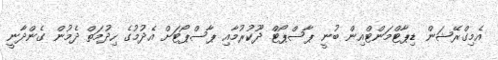
އެމިގްރޭޝަން ޑިޕާޓްމަންޓްއިން ބުނީ ޕާސްޕޯޓް ދޫކުރުމާއި ޕާސްޕޯޓަށް އެދުމުގެ ހިދުމަތް ދެމުން ގެންދާނީ